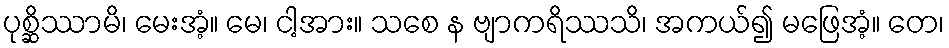
ပုစ္ဆိဿာမိ၊ မေးအံ့။ မေ၊ ငါ့အား။ သစေ န ဗျာကရိဿသိ၊ အကယ်၍ မဖြေအံ့။ တေ၊